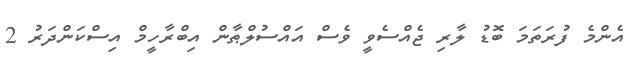
އެންމެ ފުރަތަމަ ބޮޑު ލާރި ޖެއްސެވީ ވެސް އައްސުލްޠާން އިބްރާހީމް އިސްކަންދަރު 2